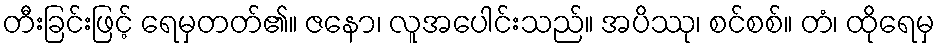
တီးခြင်းဖြင့် ရေမှတတ်၏။ ဇနော၊ လူအပေါင်းသည်။ အပိဿု၊ စင်စစ်။ တံ၊ ထိုရေမှ